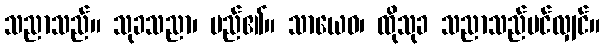
သညာသည်။ သုခသညာ၊ မည်၏။ သာယေဝ၊ ထိုသုခ သညာသည်ပင်လျှင်။